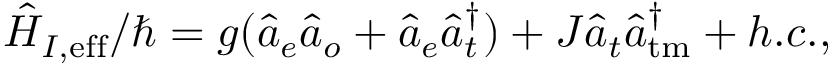
\hat { H } _ { I , \mathrm { e f f } } / \hbar = g ( \hat { a } _ { e } \hat { a } _ { o } + \hat { a } _ { e } \hat { a } _ { t } ^ { \dagger } ) + J \hat { a } _ { t } \hat { a } _ { \mathrm { t m } } ^ { \dagger } + h . c . ,